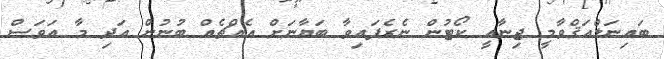
ބައިނަލްއަޤްވާމީ ޖިނާއީ ކޯޓުން ނެރެފައިވާ ބަޔާނަށް އެއްޗެއް ބުނުން އަދި މާ އަވަސް